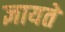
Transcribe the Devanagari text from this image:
ज्ञायते